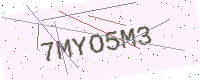
Text: 7MYO5M3